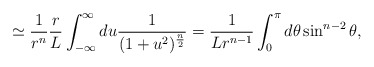
\begin{align*}\simeq{1\over r^n} {r\over L}\int_{-\infty}^\infty du {1\over (1+u^2)^{n\over 2}}={1\over L r^{n-1}} \int_0^\pi d\theta \sin^{n-2}\theta,\end{align*}